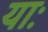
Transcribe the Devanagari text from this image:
याः